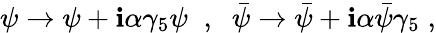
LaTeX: \psi\to\psi+\mathbf{i}\alpha\gamma_{5}\psi\; \; ,\; \; {\bar{{\psi}}}\to{\bar{{\psi}}}+\mathbf{i}\alpha{\bar{{\psi}}}\gamma_{5}\; ,